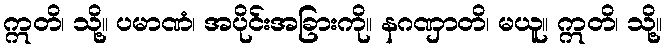
ဣတိ၊ သို့။ ပမာဏံ၊ အပိုင်းအခြားကို။ နဂဏှာတိ၊ မယူ။ ဣတိ၊ သို့။